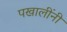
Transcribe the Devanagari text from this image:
पखालींनी